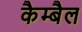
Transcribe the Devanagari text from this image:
कैम्बैल